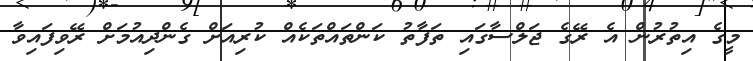
މީގެ އިތުރުން އެ ރޭގެ ޖަލްސާގައި ތަފާތު ކަންތައްތަކެއް ކުރިއަށް ގެންދިއުމަށް ރޭވިފައިވާ